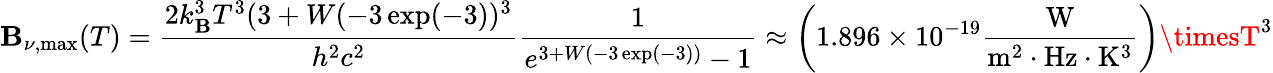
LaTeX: \mathbf{B}_{\nu,{\mathrm{{max}}}}(T)={\frac{{2k_{\mathrm{{\mathbf{B}}}}^{3}T^{3}(3+W(-3\exp(-3))^{3}}}{{h^{2}c^{2}}}}{\frac{{1}}{{e^{3+W(-3\exp(-3))}-1}}}\approx\left(1.896\times10^{-19}{\frac{{\mathrm{{W}}}}{{{\mathrm{{m}}}^{2}\cdot{\mathrm{{Hz}}}\cdot{\mathrm{{K}}}^{3}}}}\right)\timesT^{3}